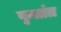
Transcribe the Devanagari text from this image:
वृन्तांत